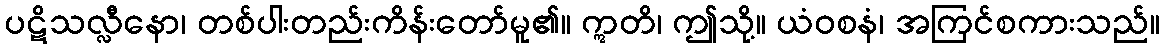
ပဋိသလ္လီနော၊ တစ်ပါးတည်းကိန်းတော်မူ၏။ ဣတိ၊ ဤသို့။ ယံဝစနံ၊ အကြင်စကားသည်။